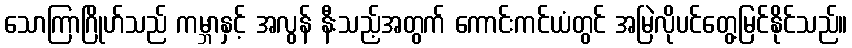
သောကြာဂြိုဟ်သည် ကမ္ဘာနှင့် အလွန် နီးသည့်အတွက် ကောင်းကင်ယံတွင် အမြဲလိုပင်တွေ့မြင်နိုင်သည်။